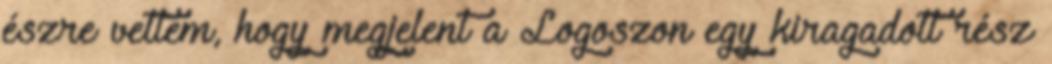
észre vettem, hogy megjelent a Logoszon egy kiragadott rész